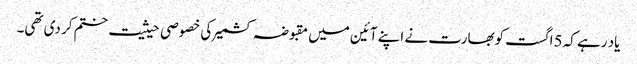
یاد رہے کہ 5اگست کوبھارت نے اپنے آئین میں مقبوضہ کشمیر کی خصوصی حیثیت ختم کر دی تھی۔